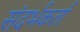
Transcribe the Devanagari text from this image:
संदर्भकर्ता